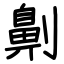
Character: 劓